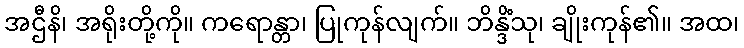
အဌီနိ၊ အရိုးတို့ကို။ ကရောန္တာ၊ ပြုကုန်လျက်။ ဘိန္ဒိံသု၊ ချိုးကုန်၏။ အထ၊